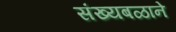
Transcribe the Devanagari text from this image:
संख्यबळाने